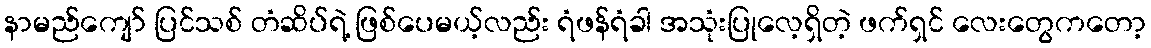
နာမည်ကျော် ပြင်သစ် တံဆိပ်ရဲ့ ဖြစ်ပေမယ့်လည်း ရံဖန်ရံခါ အသုံးပြုလေ့ရှိတဲ့ ဖက်ရှင် လေးတွေကတော့